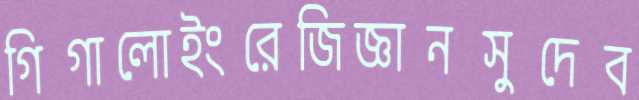
গিগালোইংরেজিজ্ঞানসুদেব